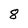
Character: 8